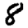
Digit: 8